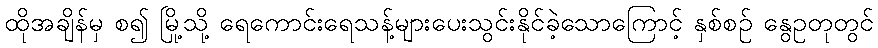
ထိုအချိန်မှ စ၍ မြို့သို့ ရေကောင်းရေသန့်များပေးသွင်းနိုင်ခဲ့သောကြောင့် နှစ်စဉ် နွေဥတုတွင်